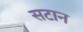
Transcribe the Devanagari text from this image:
सटान